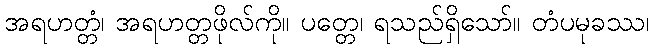
အရဟတ္တံ၊ အရဟတ္တဖိုလ်ကို။ ပတ္တေ၊ ရသည်ရှိသော်။ တံပမုခဿ၊